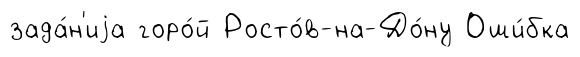
зада́н'иjа горо́й Росто́в-на-До́ну Оши́бка